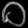
Digit: ၀